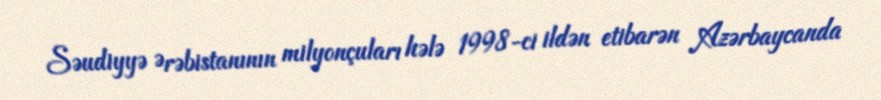
Səudiyyə Ərəbistanının milyonçuları hələ 1998-ci ildən etibarən Azərbaycanda